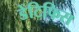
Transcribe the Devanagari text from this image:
डेंटिफिस